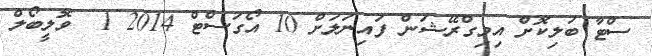
ސްޓާ ބަލިކޮށް އިމިގްރޭޝަން ފައިނަލަށް 10 އޯގަސްޓް 2014 1  ވޮލީބޯލް